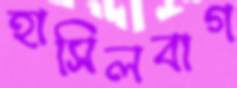
হাসিলবাগ